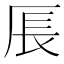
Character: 𪠍